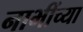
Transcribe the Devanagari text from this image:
नाभींच्या